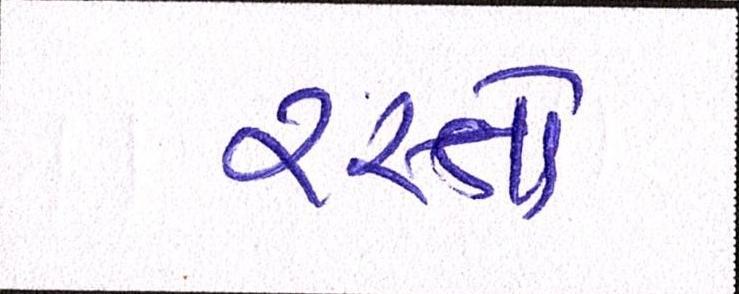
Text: રસ્તો